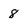
Character: 8